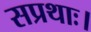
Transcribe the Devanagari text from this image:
सप्रथाः।